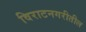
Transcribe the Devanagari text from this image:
विराटनगरीतील